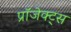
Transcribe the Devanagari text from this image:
प्रॉजेक्ट्स